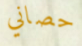
حصاني